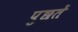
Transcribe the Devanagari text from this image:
पुछतें